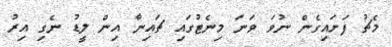
މެޗު ފަށައިގެން ނުވަ ވަނަ މިނެޓުގައި ޗައިނާ އިން ލީޑު ނެގި އިރު